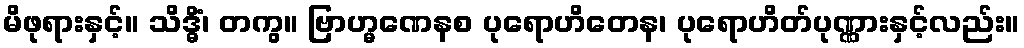
မိဖုရားနှင့်။ သိဒ္ဓိံ၊ တကွ။ ဗြာဟ္မဏေနစ ပုရောဟိတေန၊ ပုရောဟိတ်ပုဏ္ဏားနှင့်လည်း။